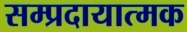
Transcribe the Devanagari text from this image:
सम्प्रदायात्मक